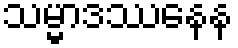
သမ္မာဒဿနေန